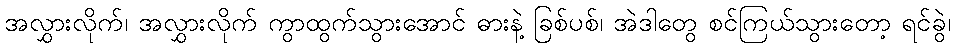
အလွှားလိုက်၊ အလွှားလိုက် ကွာထွက်သွားအောင် ဓားနဲ့ ခြစ်ပစ်၊ အဲဒါတွေ စင်ကြယ်သွားတော့ ရင်ခွဲ၊